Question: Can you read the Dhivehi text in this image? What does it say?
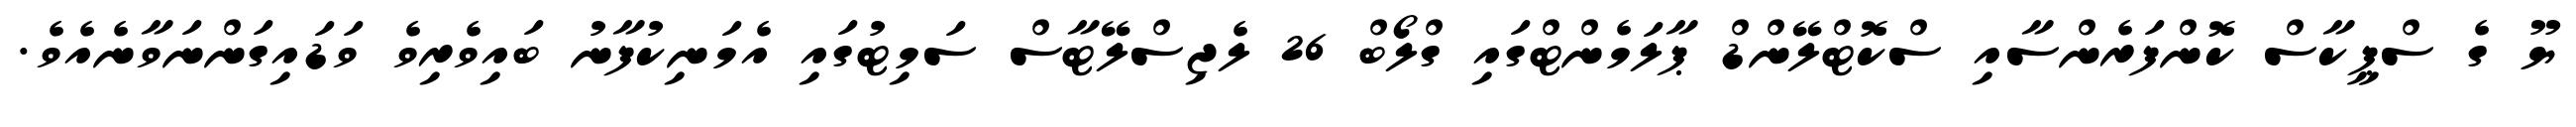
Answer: ޔޫ ގެ ސްޕީކާސް ކޮންފަރެންސާއި ސްކޮޓްލޭންޑް ޕާލަމެންޓްގައި ގްލޯބް 26 ލެޖިސްލޭޓާސް ސަމިޓުގައި އެމަނިކުފާނު ބައިވެރިވެ ވަޑައިގަންނަވާނެއެވެ.